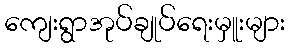
ကျေးရွာအုပ်ချုပ်ရေးမှူးများ